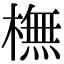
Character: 橅